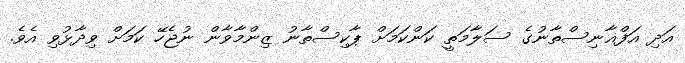
އަދި އަފްޣާނިސްތާނުގެ ސަލާމަތީ ކަންކަމަށް ޕާކިސްތާނު ޒިންމާވާން ނުޖެހޭ ކަމަށް ވިދާޅުވި އެވެ.